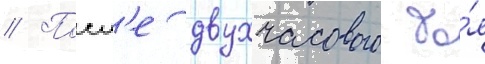
// Посл'е двухчасового бо́я